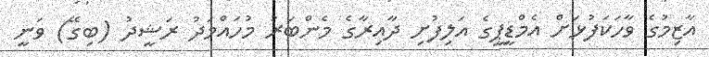
އާޒިމުގެ ވާހަކަފުޅަށް އެމްޑީޕީގެ އަލިފުށި ދާއިރާގެ މެންބަރު މުހައްމަދު ރަޝީދު (ބިގޭ) ވަނީ